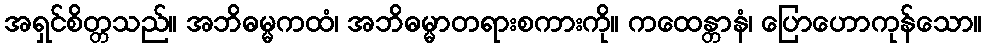
အရှင်စိတ္တသည်။ အဘိဓမ္မကထံ၊ အဘိဓမ္မာတရားစကားကို။ ကထေန္တာနံ၊ ပြောဟောကုန်သော။